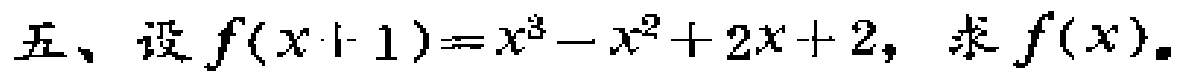
五、设$f(x + 1)=x^{3}-x^{2}+2x + 2$，求$f(x)$。